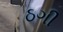
ઠગી